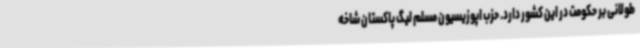
طولانی بر حکومت در این کشور دارد. حزب اپوزیسیون مسلم لیگ پاکستان شاخه